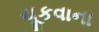
ચૂકવાના